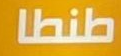
طنطا